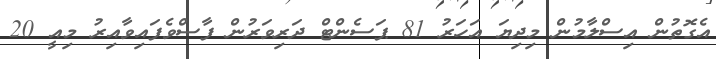
އެގޮތުން އިސްލާމުން މިދިޔަ އަހަރު 81 ޕަސެންޓް ދަރިވަރުން ފާސްވެފައިވާއިރު މިއީ 20